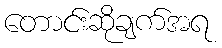
တောင်းဆိုချက်အရ